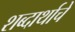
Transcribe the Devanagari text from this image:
शब्दार्थाचे